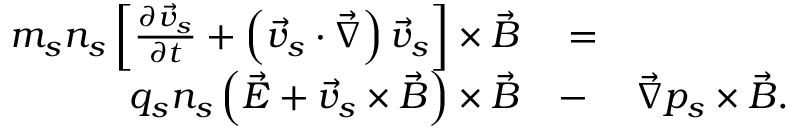
\begin{array} { r l r } { m _ { s } n _ { s } \left[ \frac { \partial \vec { v } _ { s } } { \partial t } + \left( \vec { v } _ { s } \cdot \vec { \nabla } \right) \vec { v } _ { s } \right] \times \vec { B } } & { { } = } & { } \\ { q _ { s } n _ { s } \left( \vec { E } + \vec { v } _ { s } \times \vec { B } \right) \times \vec { B } } & { { } - } & { \vec { \nabla } p _ { s } \times \vec { B } . } \end{array}